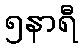
၅နာရီ